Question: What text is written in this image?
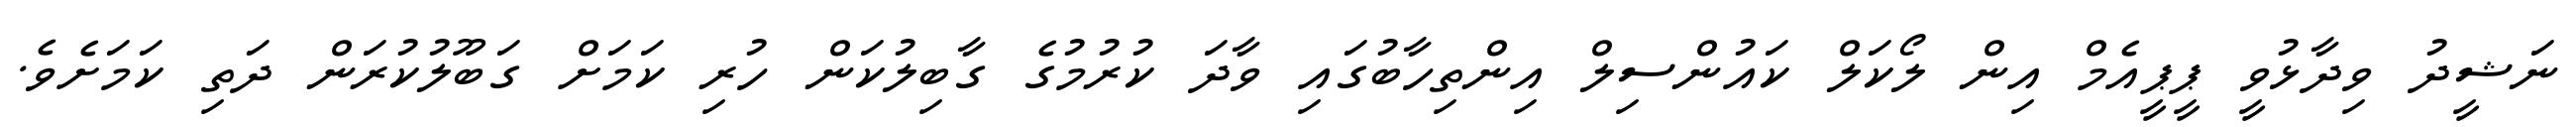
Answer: ނަޝީދު ވިދާޅުވީ ޕީޕީއެމް އިން ލޯކަލް ކައުންސިލް އިންތިހާބުގައި ވާދަ ކުރުމުގެ ގާބިލުކަން ހުރި ކަމަށް ގަބޫލުކުރަން ދަތި ކަމަށެވެ.